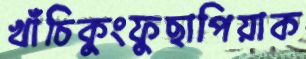
খাঁচিকুংফুছাপিয়াক